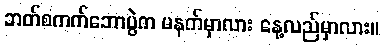
ဘတ်စကက်ဘောပွဲက မနက်မှာလား နေ့လည်မှာလား။